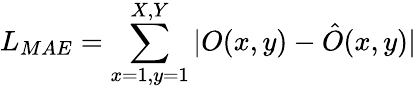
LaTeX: L_{MAE}=\sum_{x=1,y=1}^{X,Y}|O(x,y)-\hat{O}(x,y)|